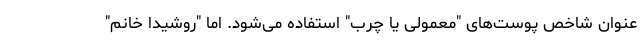
عنوان شاخص پوست‌های "معمولی یا چرب" استفاده می‌شود. اما "روشیدا خانم"